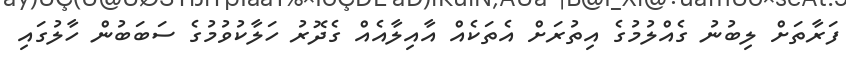
ފަރާތަށް ލިބުނު ގެއްލުމުގެ އިތުރަށް އެތަކެއް އާއިލާއެއް ގެދޮރު ހަލާކުވުމުގެ ސަބަބުން ހާލުގައި